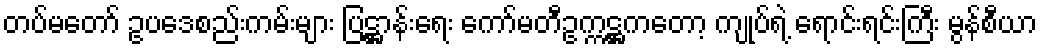
တပ်မတော် ဥပဒေစည်းကမ်းများ ပြဋ္ဌာန်းရေး ကော်မတီဥက္ကဋ္ဌကတော့ ကျုပ်ရဲ့ ရောင်းရင်းကြီး မွန်စီယာ